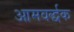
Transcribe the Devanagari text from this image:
आमवर्द्धक